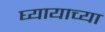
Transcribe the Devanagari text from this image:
घ्यायाच्या